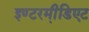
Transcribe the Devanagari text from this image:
इण्टरमी़डिएट